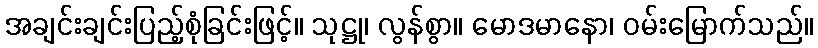
အချင်းချင်းပြည့်စုံခြင်းဖြင့်။ သုဋ္ဌု၊ လွန်စွာ။ မောဒမာနော၊ ဝမ်းမြောက်သည်။